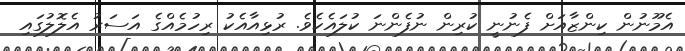
އެމޫނުން ކިންޒާއަށް ފެނުނީ ކުރިން ނުފެންނަ ކުލައެކެވެ. ރުޅިއާއެކު ރިހުމެއްގެ އަސަރު އެލޮލުގައި